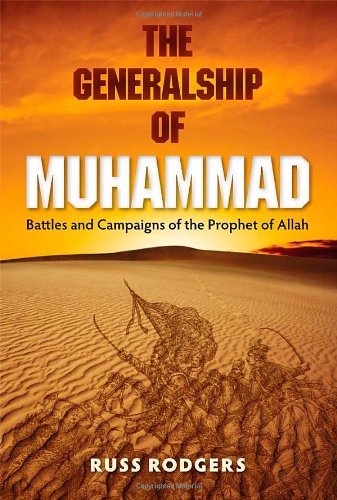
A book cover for The Generalship of Muhammad: Battles and Campaigns of the Prophet of Allah; Russ Rodgers; Religion & Spirituality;